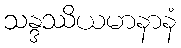
သန္ဒဿိယမာနာနံ